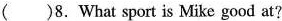
( )8. What sport is Mike good at?